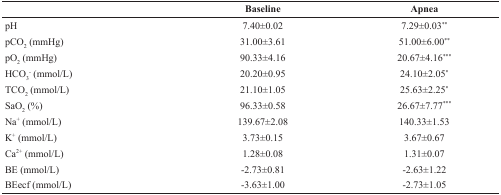
|  | Baseline | Apnea |
 | --- | --- | --- |
 | pH | 7.40±0.02 | 7.29±0.03* |
 | pCO2 (mmHg) | 31.00±3.61 | 51.00±6.00* |
 | pO2 (mmHg) | 90.33±4.16 | 20.67±4.16*** |
 | HCO3- (mmol/L) | 20.20±0.95 | 24.10±2.05* |
 | TCO2 (mmol/L) | 21.10±1.05 | 25.63±2.25* |
 | SaO2 (%) | 96.33±0.58 | 26.67±7.77*** |
 | Na+ (mmol/L) | 139.67±2.08 | 140.33±1.53 |
 | K+ (mmol/L) | 3.73±0.15 | 3.67±0.67 |
 | Ca2+ (mmol/L) | 1.28±0.08 | 1.31±0.07 |
 | BE (mmol/L) | -2.73±0.81 | -2.63±1.22 |
 | BEecf (mmol/L) | -3.63±1.00 | -2.73±1.05 |